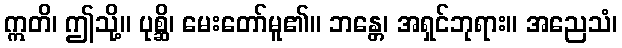
ဣတိ၊ ဤသို့။ ပုစ္ဆိ၊ မေးတော်မူ၏။ ဘန္တေ၊ အရှင်ဘုရား။ အညေသံ၊